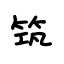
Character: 筑